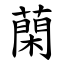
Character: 䔵